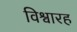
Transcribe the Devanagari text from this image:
विश्वारह